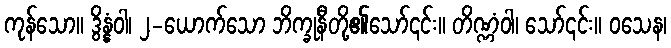
ကုန်သော။ ဒွိန္နံဝါ၊ ၂-ယောက်သော ဘိက္ခုနီတို့၏သော်၎င်း။ တိဏ္ဏံဝါ၊ သော်၎င်း။ ဝသေန၊